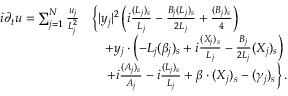
\begin{array} { r l } { i \partial _ { t } u = \sum _ { j = 1 } ^ { N } \frac { u _ { j } } { L _ { j } ^ { 2 } } } & { \left\{ | y _ { j } | ^ { 2 } \left( i \frac { ( L _ { j } ) _ { s } } { L _ { j } } - \frac { B _ { j } ( L _ { j } ) _ { s } } { 2 L _ { j } } + \frac { ( B _ { j } ) _ { s } } { 4 } \right) \right. } \\ & { \quad + y _ { j } \cdot \left( - L _ { j } ( \beta _ { j } ) _ { s } + i \frac { ( X _ { j } ) _ { s } } { L _ { j } } - \frac { B _ { j } } { 2 L _ { j } } ( X _ { j } ) _ { s } \right) } \\ & { \quad \left. + i \frac { ( A _ { j } ) _ { s } } { A _ { j } } - i \frac { ( L _ { j } ) _ { s } } { L _ { j } } + \beta \cdot ( X _ { j } ) _ { s } - ( \gamma _ { j } ) _ { s } \right\} . } \end{array}